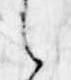
之